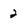
Character: 2